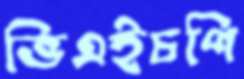
ভিএইচপি